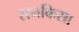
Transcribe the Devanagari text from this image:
सनकिसा